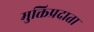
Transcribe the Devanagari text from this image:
मुक्तिप्रदाता